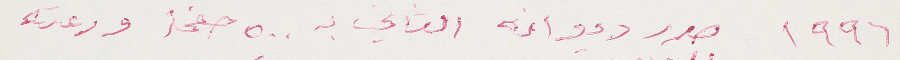
١٩٩٦ صدر ديوانه الثاني بـ ٥٠٠ صفحة ورعته